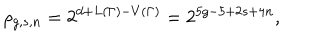
\rho _ { g , s , n } = 2 ^ { d + L ( \Gamma ) - V ( \Gamma ) } = 2 ^ { 5 g - 5 + 2 s + 4 n } ,